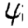
Digit: 4